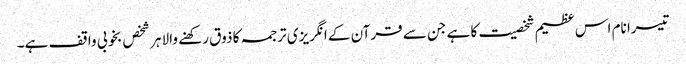
تیسرا نام اس عظیم شخصیت کا ہے جن سے قرآن کے انگریزی ترجمہ کا ذوق رکھنے والا ہر شخص بخوبی واقف ہے۔